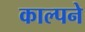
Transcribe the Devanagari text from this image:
काल्पने